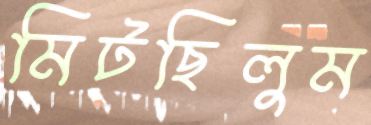
মিটছিলুম